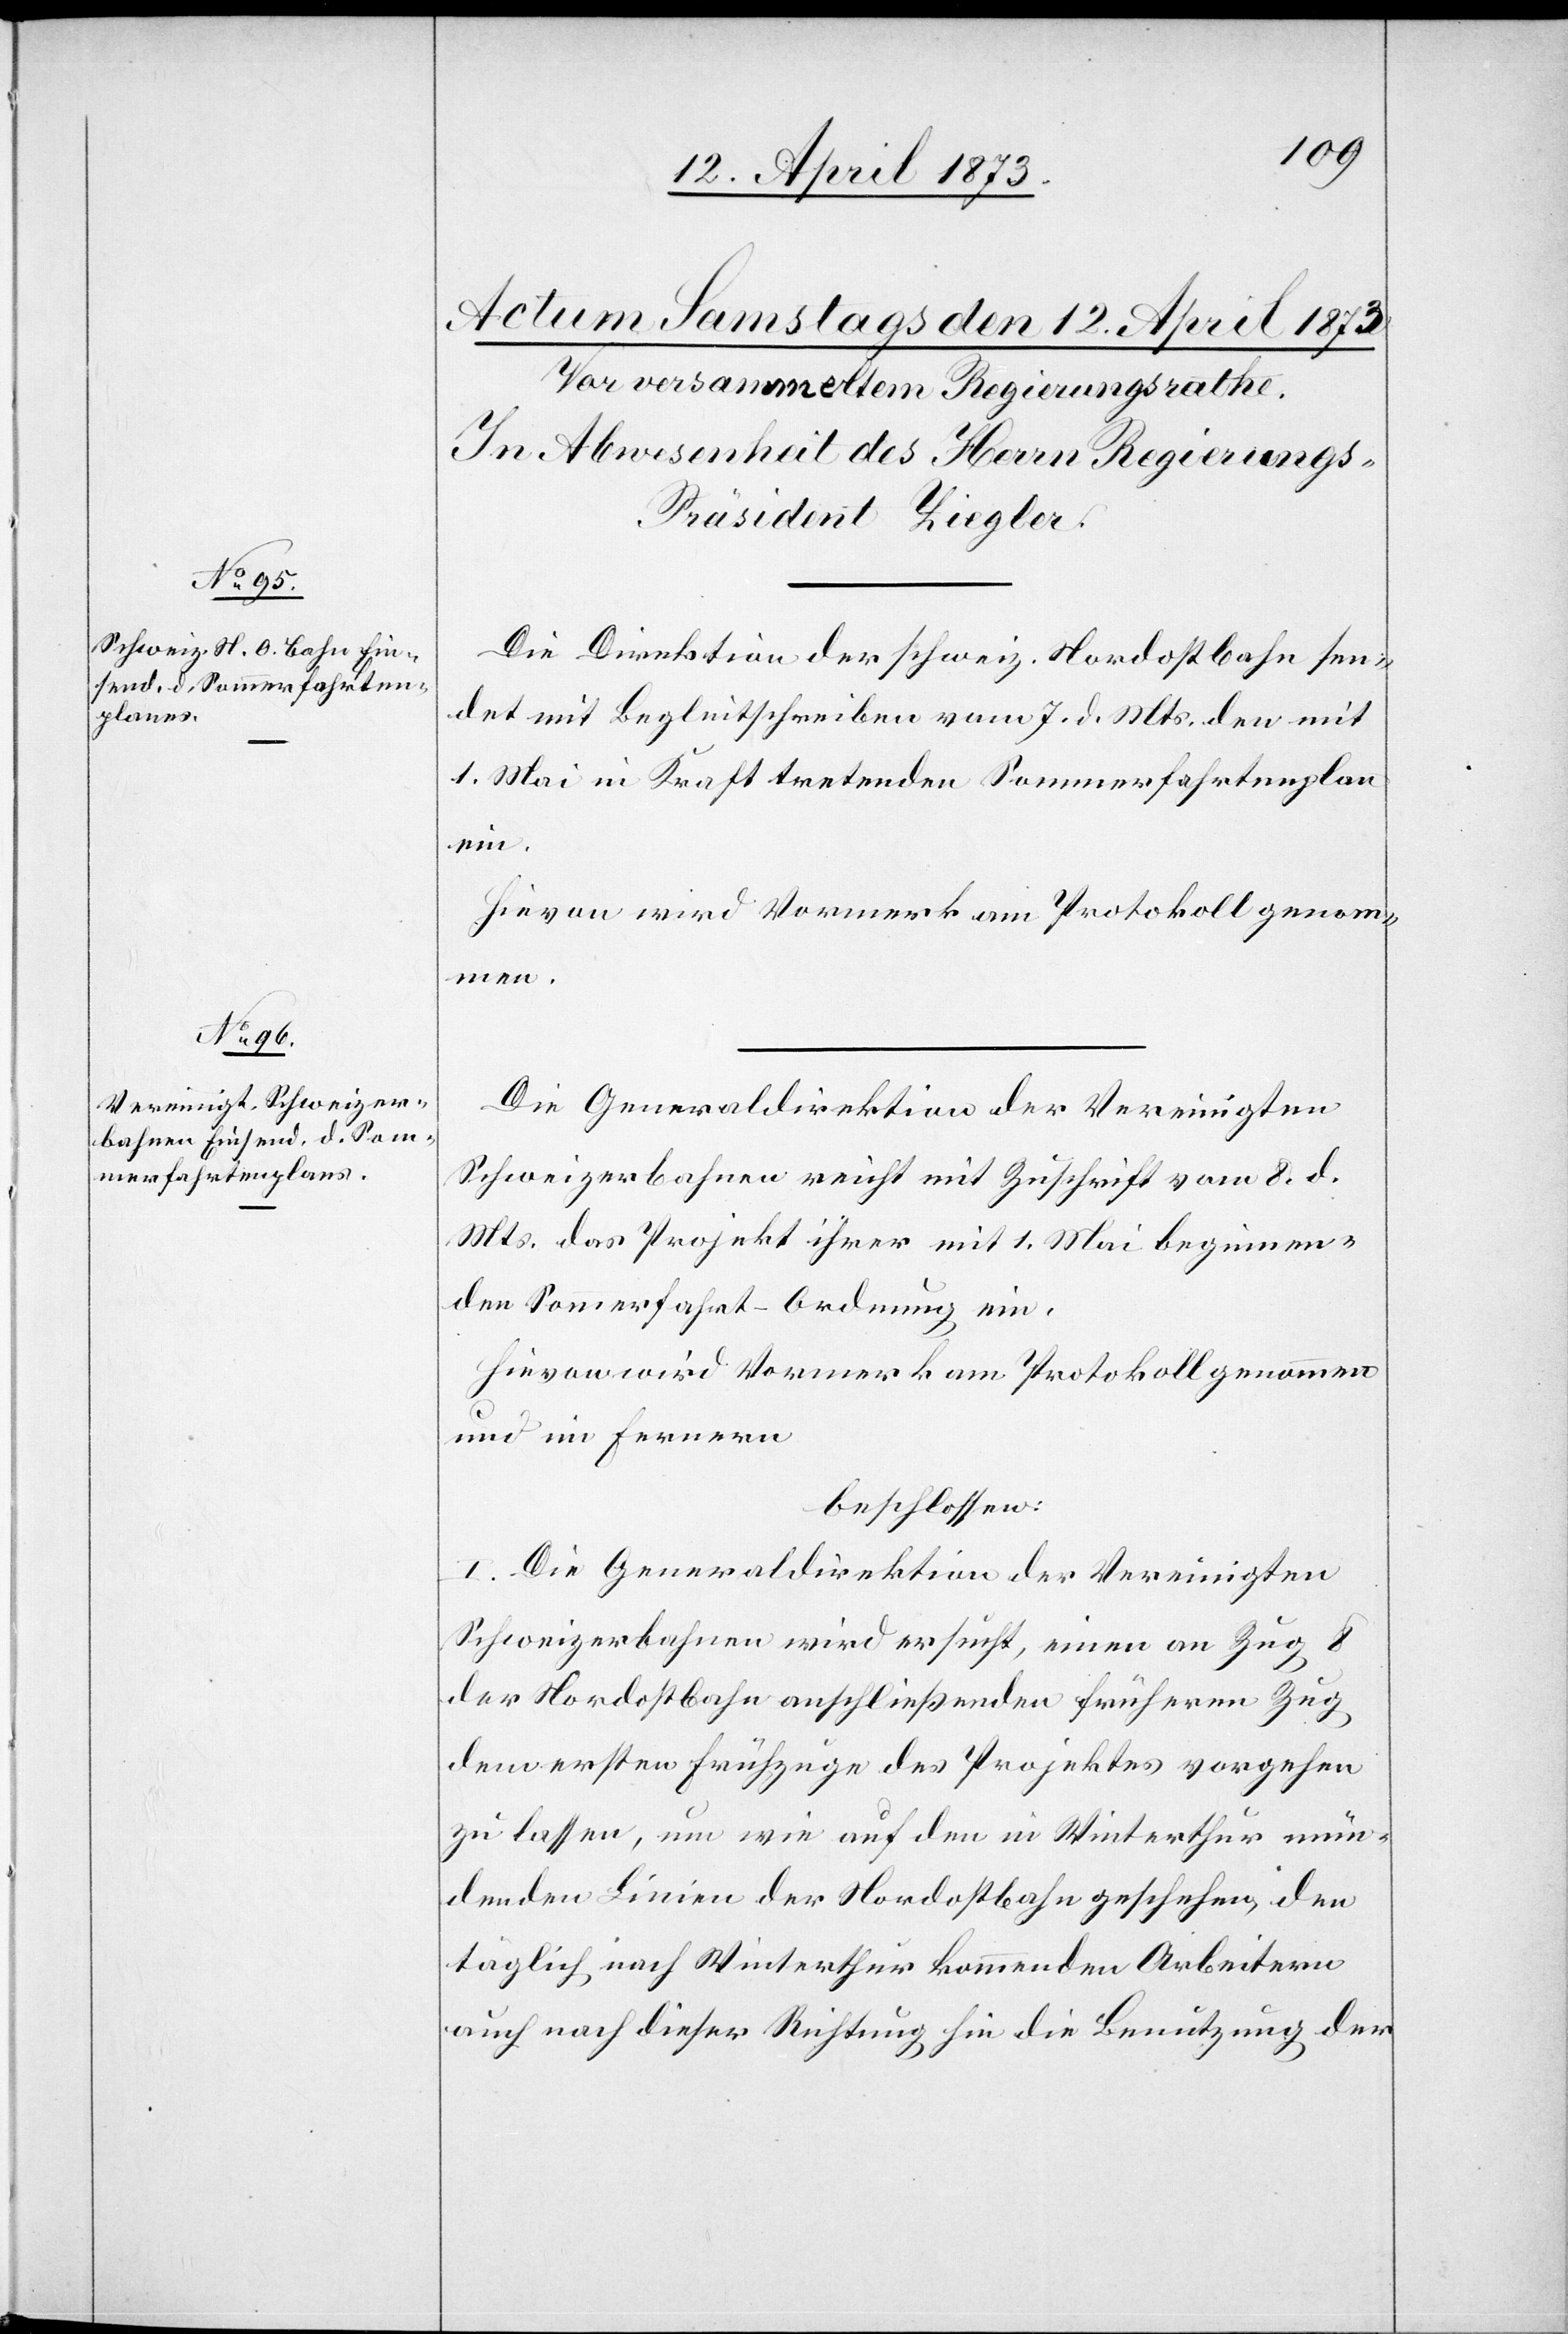
Die Direktion der schweiz. Nordostbahn sen¬
det mit Begleitschreiben vom 7. d. Mts. den mit
1. Mai in Kraft tretenden Sommerfahrtenplan
ein.
Hievon wird Vormerk am Protokoll genomm¬
en.
Die Generaldirektion der Vereinigten
Schweizerbahnen reicht mit Zuschrift vom 8. d.
Mts. das Projekt ihrer mit 1. Mai beginnen¬
den Sommerfahrt-Ordnung ein.
Hievon wird Vormerk am Protokoll genommen
und im Fernern
beschlossen:
I. Die Generaldirektion der Vereinigten
Schweizerbahnen wird ersucht, einen an Zug 8
der Nordostbahn anschließenden früheren Zug
dem ersten Frühzuge des Projektes vorgehen
zu lassen, um wie auf den in Winterthur mün¬
denden Linien der Nordostbahn geschehen, den
täglich nach Winterthur kommenden Arbeitern
auch nach dieser Richtung hin die Benutzung der